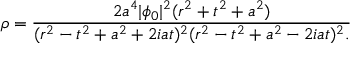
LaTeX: \rho = { \frac { 2 a ^ { 4 } | \phi _ { 0 } | ^ { 2 } ( r ^ { 2 } + t ^ { 2 } + a ^ { 2 } ) } { ( r ^ { 2 } - t ^ { 2 } + a ^ { 2 } + 2 i a t ) ^ { 2 } ( r ^ { 2 } - t ^ { 2 } + a ^ { 2 } - 2 i a t ) ^ { 2 } . } }